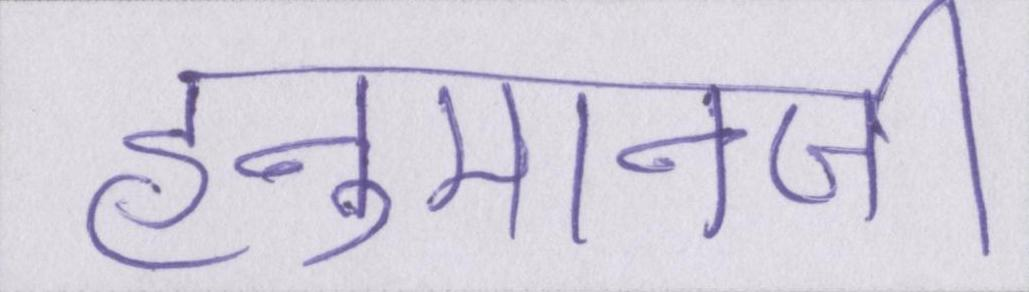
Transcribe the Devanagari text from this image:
हनुमानजी